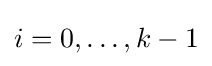
i=0,\ldots ,k-1